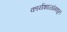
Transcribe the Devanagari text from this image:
कार्यशाळांमधून